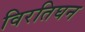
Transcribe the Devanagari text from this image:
विरतिघन